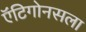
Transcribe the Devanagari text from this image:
ऍंटिगोनसला